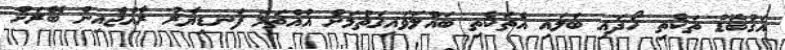
އަގުބޮޑު ތަކެތި ހޯދައި ބަލައި އެތަކެތި ބައްލަވައިގަތުމަށް އުއްތަމަ ފަނޑިޔާރު ރާއްޖެއިން ބޭރަށް